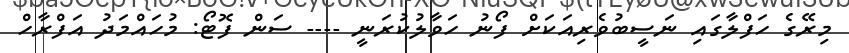
މިރޭގެ ހަފްލާގައި ނަސީބުވެރިއަކަށް ފޯނު ހަވާލުކުރަނީ ---- ސަން ފޮޓޯ: މުހައްމަދު އަފްރާހް